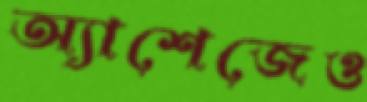
অ্যাশেজেও